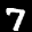
Label: 7